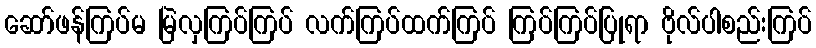
ဆော်ဖန်ကြပ်မ မြဲလှကြပ်ကြပ် လက်ကြပ်ထက်ကြပ် ကြပ်ကြပ်ပြုရာ ဗိုလ်ပါစည်းကြပ်